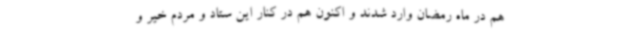
هم در ماه رمضان وارد شدند و اکنون هم در کنار این ستاد و مردم خیر و